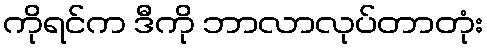
ကိုရင်က ဒီကို ဘာလာလုပ်တာတုံး